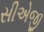
સીએજી